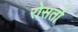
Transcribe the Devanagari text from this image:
रोसतो